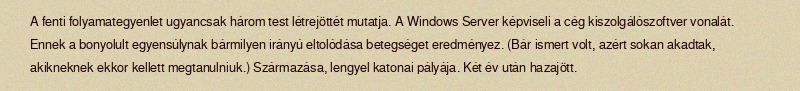
A fenti folyamategyenlet ugyancsak három test létrejöttét mutatja. A Windows Server képviseli a cég kiszolgálószoftver vonalát. Ennek a bonyolult egyensúlynak bármilyen irányú eltolódása betegséget eredményez. (Bár ismert volt, azért sokan akadtak, akikneknek ekkor kellett megtanulniuk.) Származása, lengyel katonai pályája. Két év után hazajött.